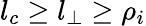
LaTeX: l_{c}\geq l_{\perp}\geq\rho_{i}